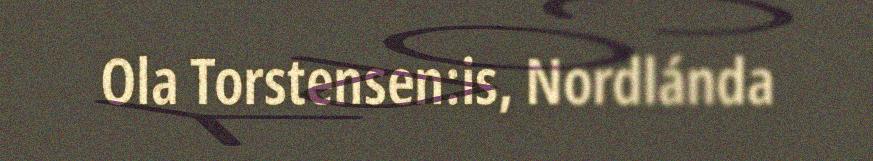
Ola Torstensen:is, Nordlánda